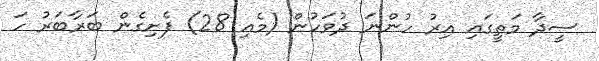
ސީދާ މަތީގައި އިރު ހުންނަ ދުވަހުން (މެއި 28) ފެށިގެން ބަރާބަރު ހަ